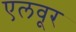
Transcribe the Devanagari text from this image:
एलवूर